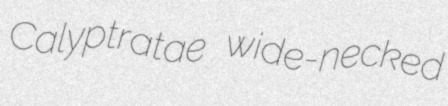
Calyptratae wide-necked